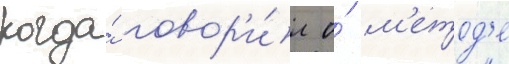
когда́ говор'и́л о́ м'етод'е